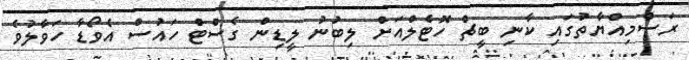
ރަސްމިއްޔާތުގައި ކާނި ބީޗް ހޮޓެލްއަށް ލިބުނު ލީޑިން ގެސްޓް ހައުސް އެވޯޑާ ހަވާލުވެ